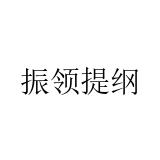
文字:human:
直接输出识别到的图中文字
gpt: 振领提纲